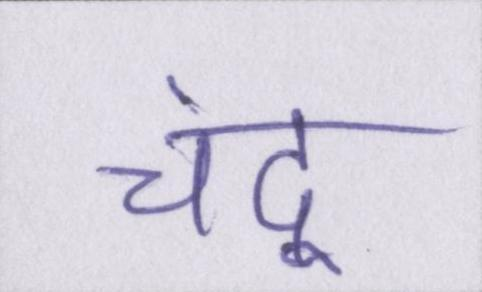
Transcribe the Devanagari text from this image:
चंदू